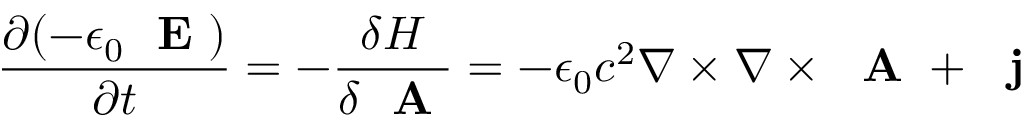
\frac { \partial ( - \epsilon _ { 0 } \mathrm { ~ \bf ~ E ~ } ) } { \partial t } = - \frac { \delta H } { \delta \mathrm { ~ \bf ~ A ~ } } = - \epsilon _ { 0 } c ^ { 2 } \nabla \times \nabla \times \mathrm { ~ \bf ~ A ~ } + \mathrm { ~ \bf ~ j ~ }